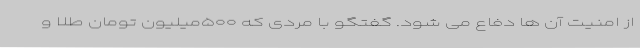
از امنیت آن ها دفاع می شود. گفتگو با مردی که ۵۰۰میلیون تومان طلا و